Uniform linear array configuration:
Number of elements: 8
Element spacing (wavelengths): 0.25
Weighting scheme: kaiser
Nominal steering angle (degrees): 60
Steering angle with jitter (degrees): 61.074
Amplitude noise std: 0.05
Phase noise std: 0.05

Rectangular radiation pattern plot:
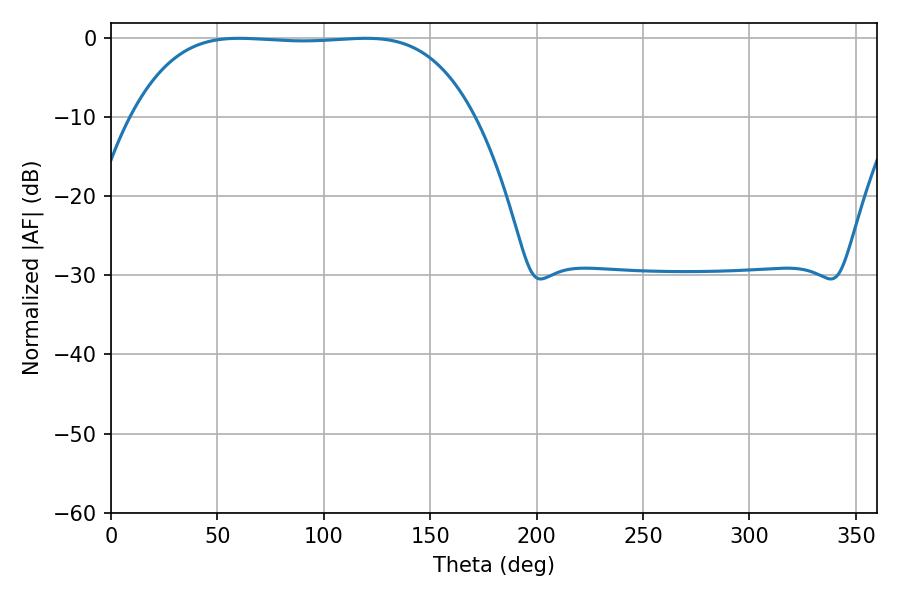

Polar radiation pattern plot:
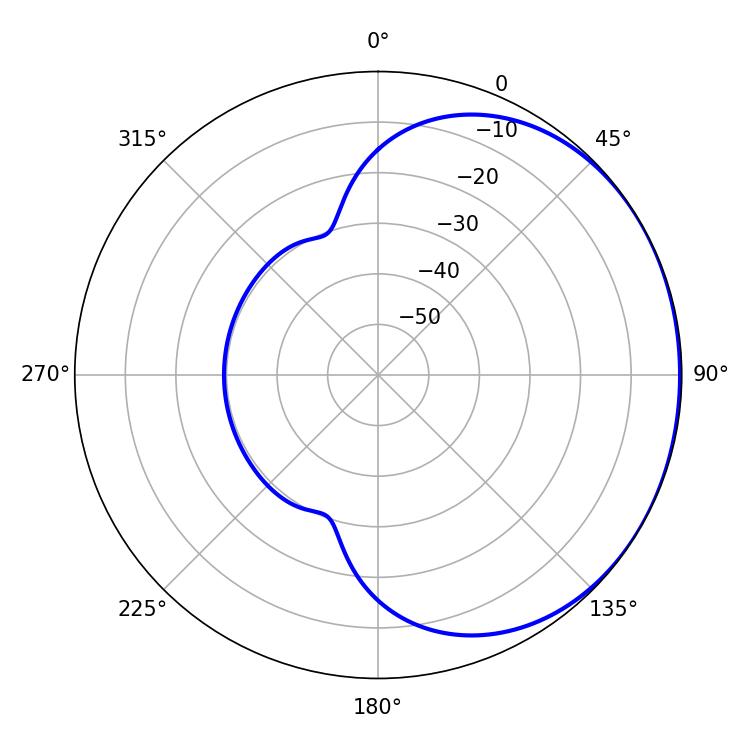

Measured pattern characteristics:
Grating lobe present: FALSE
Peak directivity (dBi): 0.7431
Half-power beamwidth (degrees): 124.56
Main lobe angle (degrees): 119.88